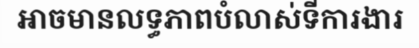
អាចមានលទ្ធភាពបំលាស់ទីការងារ